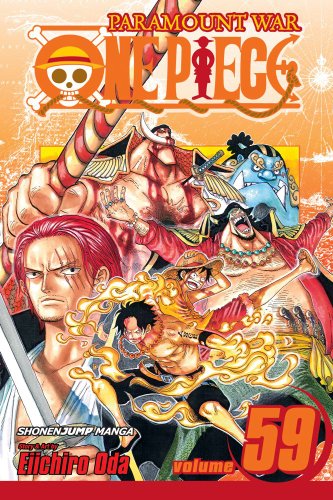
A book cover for One Piece, Vol. 59; Eiichiro Oda; Comics & Graphic Novels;